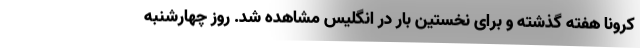
کرونا هفته گذشته و برای نخستین بار در انگلیس مشاهده شد. روز چهارشنبه